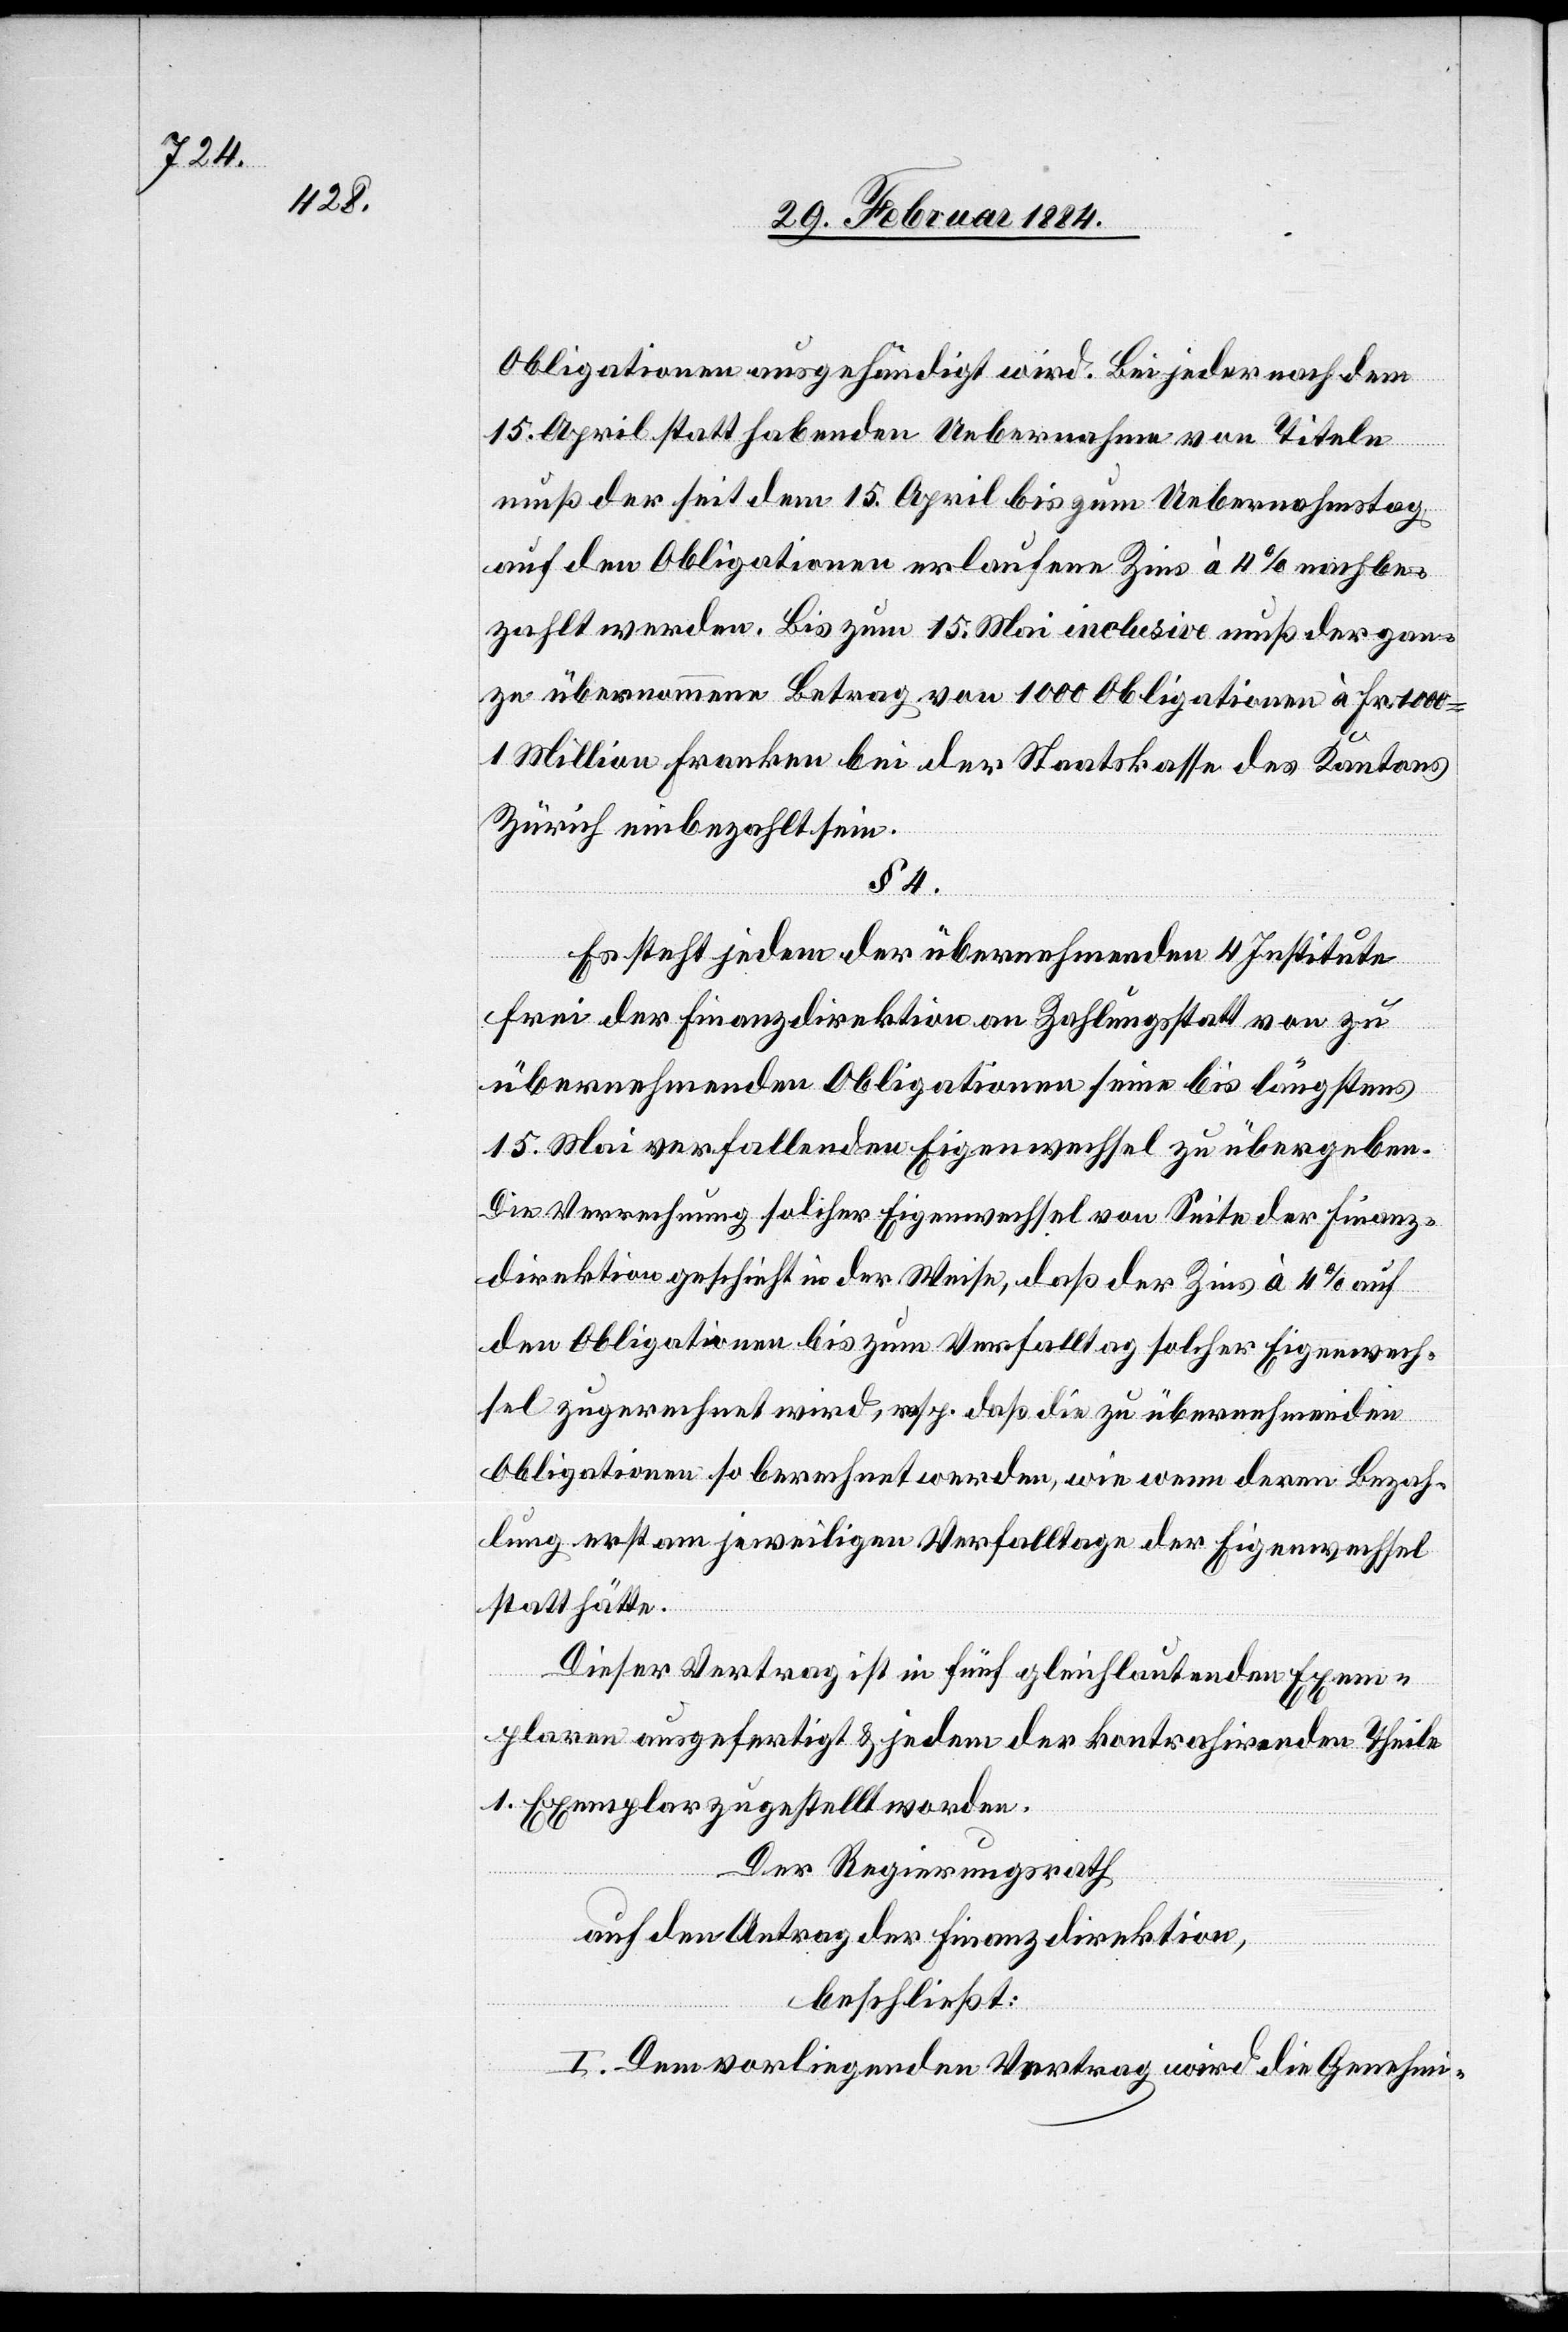
Obligationen ausgehändigt wird. Bei jeder nach dem
15. April statthabenden Uebernahme von Titeln
muß der seit dem 15. April bis zum Uebernahmstag
auf den Obligationen erlaufenen Zins à 4% nachbe¬
zahlt werden. Bis zum 15. Mai inclusive muß der gan¬
ze übernommene Betrag von 1000 Obligationen seine
15. Mai verfallenden Eigenwechsel zu übergeben.
Die Verrechnung solcher Eigenwechsel von Seite der Finanz¬
direktion geschieht in der Weise, daß der Zins à 4% auf
den Obligationen bis zum Verfallstag solcher Eigenwech¬
sel zugerechnet wird, resp. daß die zu übernehmenden
Obligationen so berechnet werden, wie wenn deren Bezah¬
lung erst am jeweiligen Verfallstage der Eigenwechsel
statt hätte.
bis
Dieser Vertrag ist in fünf gleichlautenden Exem¬
plaren ausgefertigt & jedem der kontrahirenden Theile
1. Exemplar zugestellt worden.
Der Regierungsrath
auf den Antrag der Finanzdirektion,
beschließt:
I. Dem vorliegenden Vertrag wird die Genehmi-